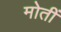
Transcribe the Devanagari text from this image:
मोतीं